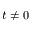
t \neq 0